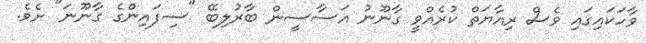
ވާހަކައިގައި ވެސް ރިއާޔަތް ކުރެއްވީ ގާނޫނު އަސާސީން ބާރުލިބޭ "ސިފައިންގެ ގާނޫނަ" ށެވެ.